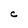
Character: C